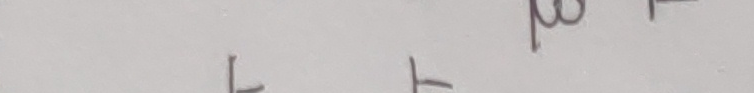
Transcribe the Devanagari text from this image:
लब